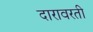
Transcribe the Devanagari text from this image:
दारावरती